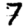
Digit: 7